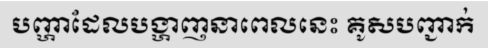
បញ្ហាដែលបង្ហាញនាពេលនេះ គូសបញ្ជាក់